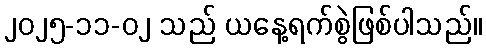
၂၀၂၅-၁၁-၀၂ သည် ယနေ့ရက်စွဲဖြစ်ပါသည်။